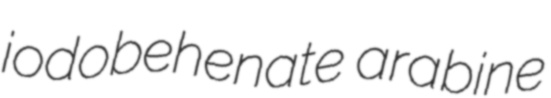
iodobehenate arabine